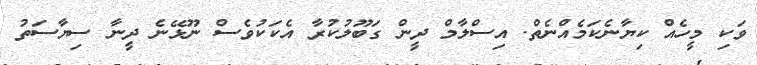
ވަކި މީހެއް ކިޔާނެކަމެއްނެތް. އިސްލާމް ދީން ގަބޫލުކުރާ އެކަކުވެސް ނޫޅޭނެ ދީނާ ސިޔާސަތު